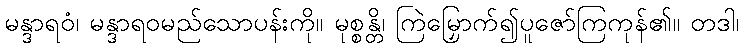
မန္ဒာရဝံ၊ မန္ဒာရဝမည်သောပန်းကို။ မုစ္စန္တိ၊ ကြဲမြှောက်၍ပူဇော်ကြကုန်၏။ တဒါ၊